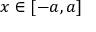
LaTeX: x \in [ - a , a ]